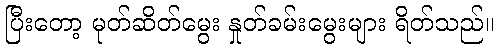
ပြီးတော့ မုတ်ဆိတ်မွေး နှုတ်ခမ်းမွေးများ ရိတ်သည်။